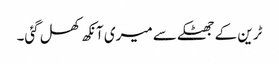
ٹرین کے جھٹکے سے میری آنکھ کھل گئی۔